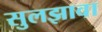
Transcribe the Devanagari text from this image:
सुलझावा